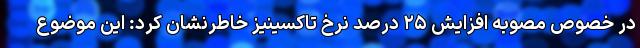
در خصوص مصوبه افزایش ۲۵ درصد نرخ تاکسینیز خاطرنشان کرد: این موضوع